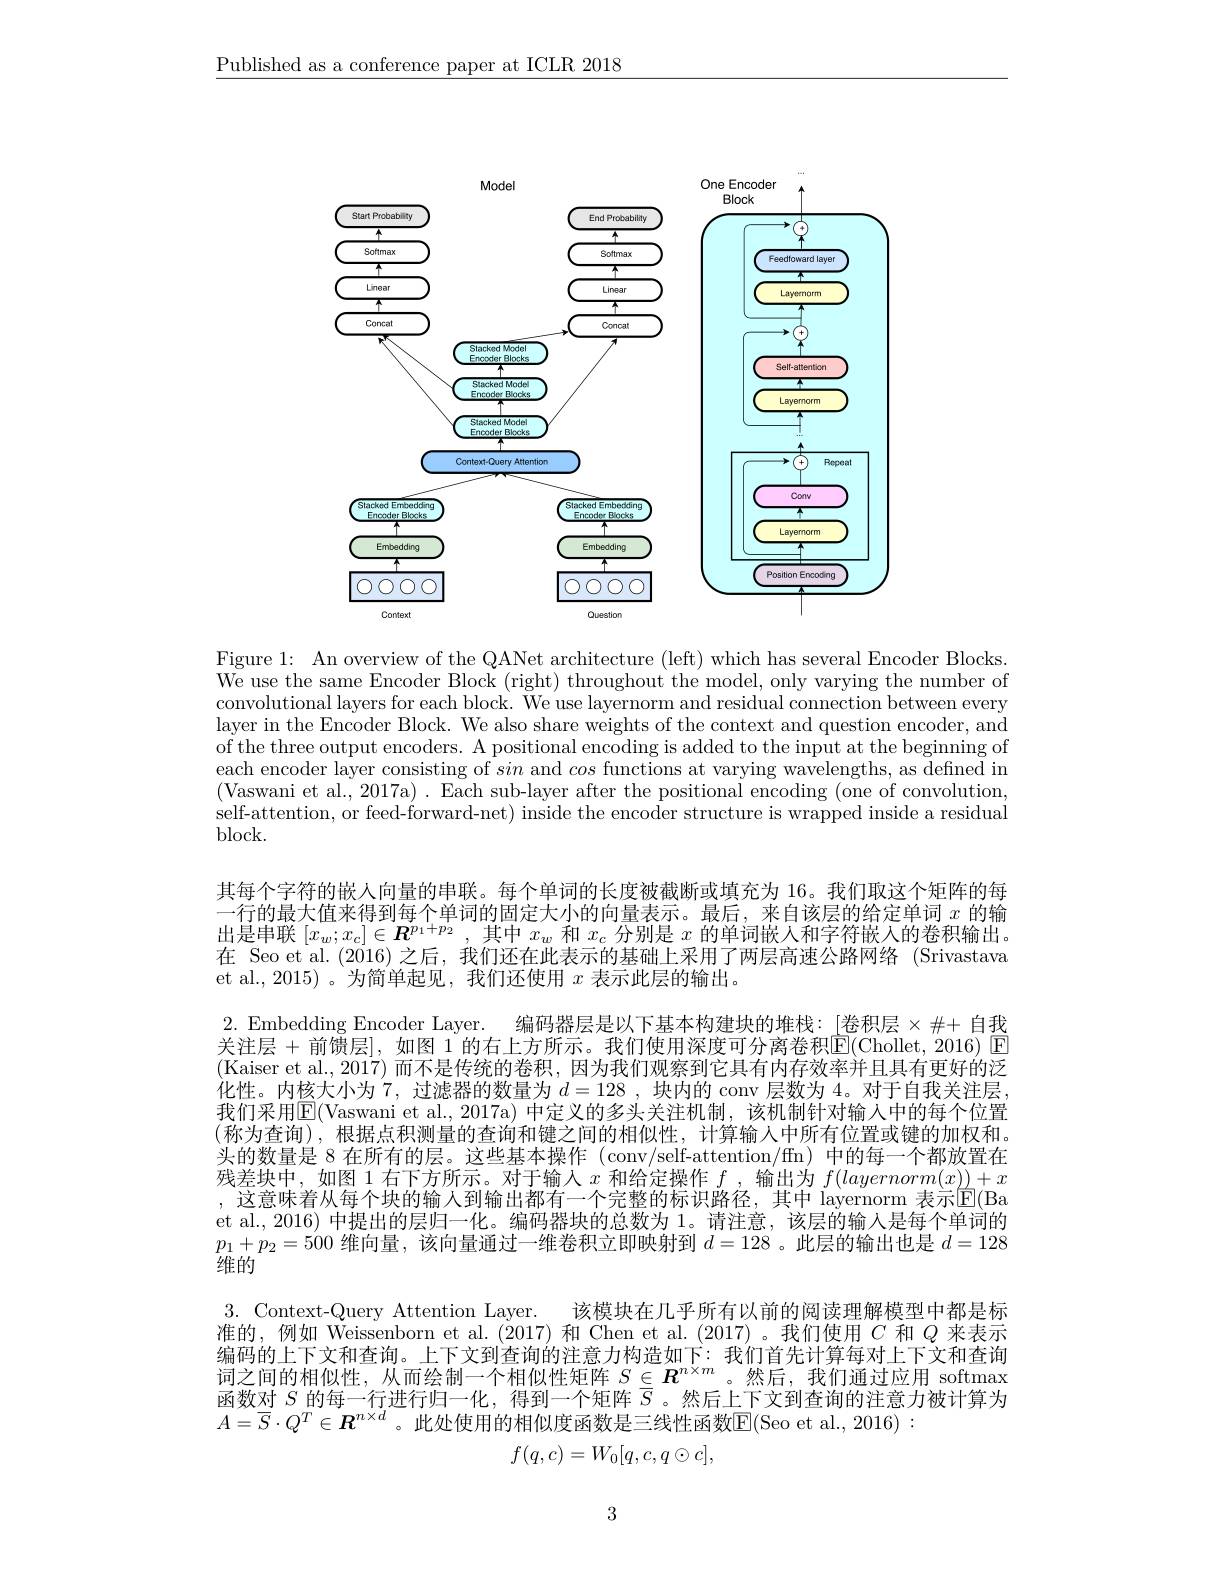
$\underline{\text{Published as a conference paper at ICLR 2018}}$

<FigureHere>

Figure 1: An overview of the QANet architecture (left) which has several Encoder Blocks. We use the same Encoder Block (right) throughout the model, only varying the number of convolutional layers for each block. We use layernorm and residual connection between every layer in the Encoder Block. We also share weights of the context and question encoder, and of the three output encoders. A positional encoding is added to the input at the beginning of each encoder layer consisting of sin and cos functions at varying wavelengths, as defined in (Vaswani et al., 2017a). Each sub-layer after the positional encoding (one of convolution, self-attention, or feed-forward-net) inside the encoder structure is wrapped inside a residual $block.$

其每个字符的嵌人向量的串联。每个单词的长度被截断或填充为 16。我们取这个矩阵的每一行的最大值来得到每个单词的固定大小的向量表示。最后，来自该层的给定单词$x$的输出是串联$[x_w;x_c]\in\boldsymbol{R}^{p_1+p_2}$,其中$x_w$和$x_c$分别是$x$的单词嵌人和字符嵌入的卷积输出。在 Seo et al.(2016)之后，我们还在此表示的基础上采用了两层高速公路网络 (Srivastava et al., 2015)。为简单起见，我们还使用$x$表示此层的输出。
2. Embedding Encoder Layer. 编码器层是以下基本构建块的堆栈：[卷积层×##14+1]我关注层+前馈层], 如图1的右上方所示。我们使用深度可分离卷积$\overline{\mathrm{E}}($Chollet, 2016) $\overline{\mathrm{E}}$ (Kaiser et al.,2017)而不是传统的卷积，因为我们观察到它具有内存效率并且具有更好的泛化性。内核大小为 7, 过滤器的数量为$d=128$ ,块内的 conv 层数为 4。对于自我关注层， 我们采用$\mathbb{E}($Vaswani et al.,2017a)中定义的多头关注机制，该机制针对输入中的每个位置(称为查询),根据点积测量的查询和键之间的相似性，计算输人中所有位置或键的加权和。头的数量是 8 在所有的层。这些基本操作 (conv/self-attention/fn) 中的每一个都放置在残差块中，如图1右下方所示。对于输入$x$和给定操作$f$ ,输出为$f(layernorm(x))+x$ 这音味著从每个块的输入到输出都有一个完整的标识路径 其中 lavernorm 表示$\|\mathcal{F}\|$Ra et al., 2016) 中提出的层归一化。编码器块的总数为 1。请注意，该层的输入是每个单词的$p_1+p_2=500$维向量，该向量通过一维卷积立即映射到$d=128$ 。此层的输出也是$d=128$ 维的
3. Context-Query Attention Layer.
该模块在几乎所有以前的阅读理解模型中都是标
准的，例如 Weissenborn et al.(2017)和 Chen et al.(2017)。我们使用$C$和$Q$来表示编码的上下文和查询。上下文到查询的注意力构造如下：我们首先计算每对上下文和查询词之间的相似性，从而绘制一个相似性矩阵$S\in\boldsymbol{R}^{n\times m}$。然后，我们通过应用 softmax 函数对$S$的每一行进行归一化，得到一个矩阵$\overline{S}$ 。然后上下文到查询的注意力被计算为$A=\overline{S}\cdot Q^T\in\boldsymbol{R}^{n\times d}$。此处使用的相似度函数是三线性函数$\mathbb{E}($Seo et al.,2016):
$$f(q,c)=W_0[q,c,q\odot c],$$
3